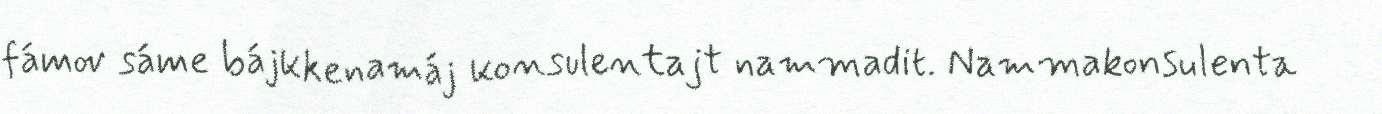
fámov sáme bájkkenamáj konsulentajt nammadit. Nammakonsulenta